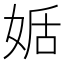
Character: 𡝜